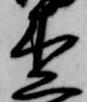
杢